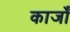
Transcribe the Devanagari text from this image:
कार्जों